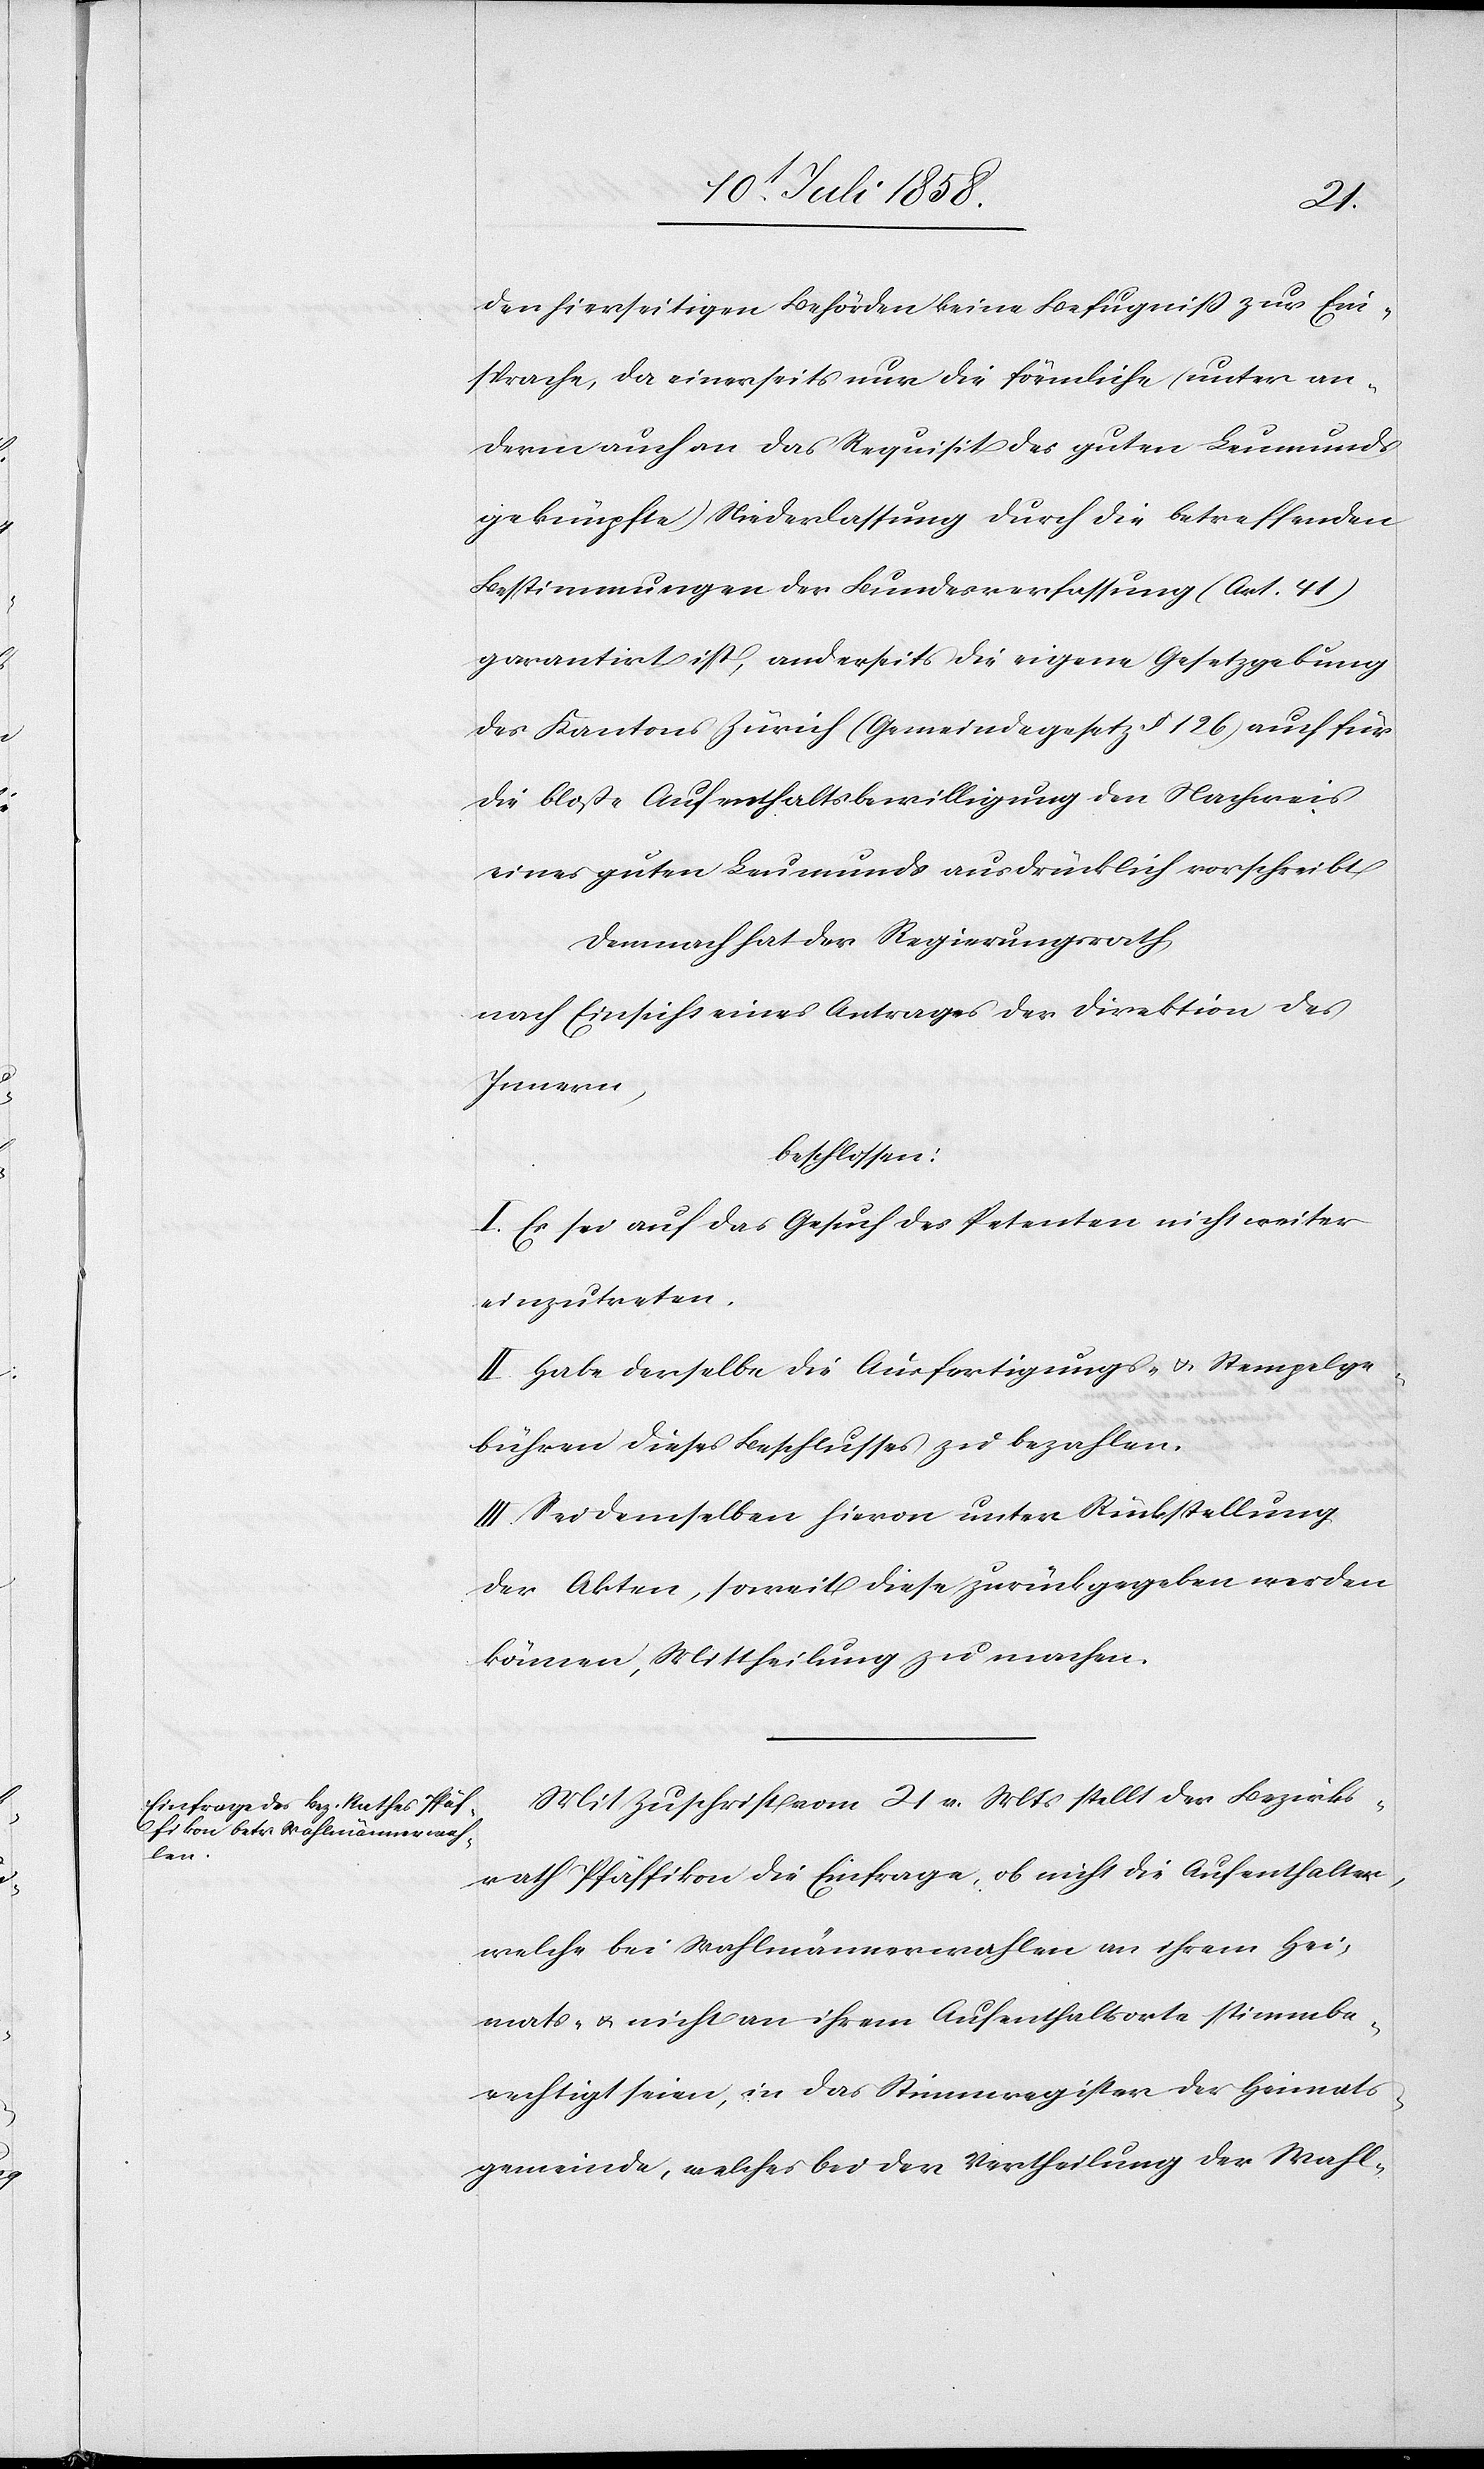
den hierseitigen Behörden keine Befugniß zur Ein¬
sprache, da einerseits nur die förmliche (unter an¬
derm auch an das Requisit des guten Leumunds
geknüpfte) Niederlassung durch die betreffenden
Bestimmungen der Bundesverfassung (Art. 41)
garantirt ist, anderseits die eigene Gesetzgebung
des Kantons Zürich (Gemeindegesetz § 126) auch für
die bloße Aufenthaltsbewilligung den Nachweis
eines guten Leumunds ausdrücklich vorschreibt
Demnach hat der Regierungsrath
nach Einsicht eines Antrages der Direktion des
Innern,
beschlossen:
I. Es sei auf das Gesuch des Petenten nicht weiter
einzutreten.
II. Habe derselbe die Ausfertigungs- & Stempelge¬
bühren dieses Beschlusses zu bezahlen.
III. Sei demselben hievon unter Rückstellung
der Akten, soweit diese zurückgegeben werden
können, Mittheilung zu machen.
Mit Zuschrift vom 21 v. Mts stellt der Bezirks¬
rath Pfäffikon die Einfrage, ob nicht die Aufenthalter,
welche bei Wahlmännerwahlen an ihrem Hei¬
mats- & nicht an ihrem Aufenthaltsorte stimmbe¬
rechtigt seien, in das Stimmregister der Heimats¬
gemeinde, welches bei der Vertheilung der Wahl-